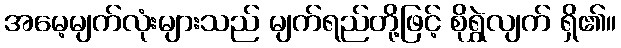
အမေ့မျက်လုံးများသည် မျက်ရည်တို့ဖြင့် စိုရွှဲလျက် ရှိ၏။